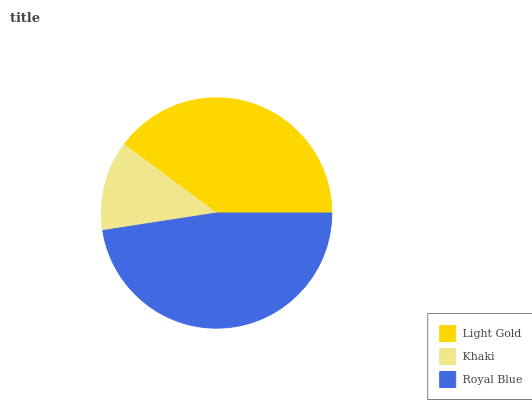
| Light Gold | Khaki | Royal Blue |
 | --- | --- | --- |
 | 39.8% | 12.6% | 47.6% |